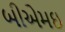
બીએમઇ